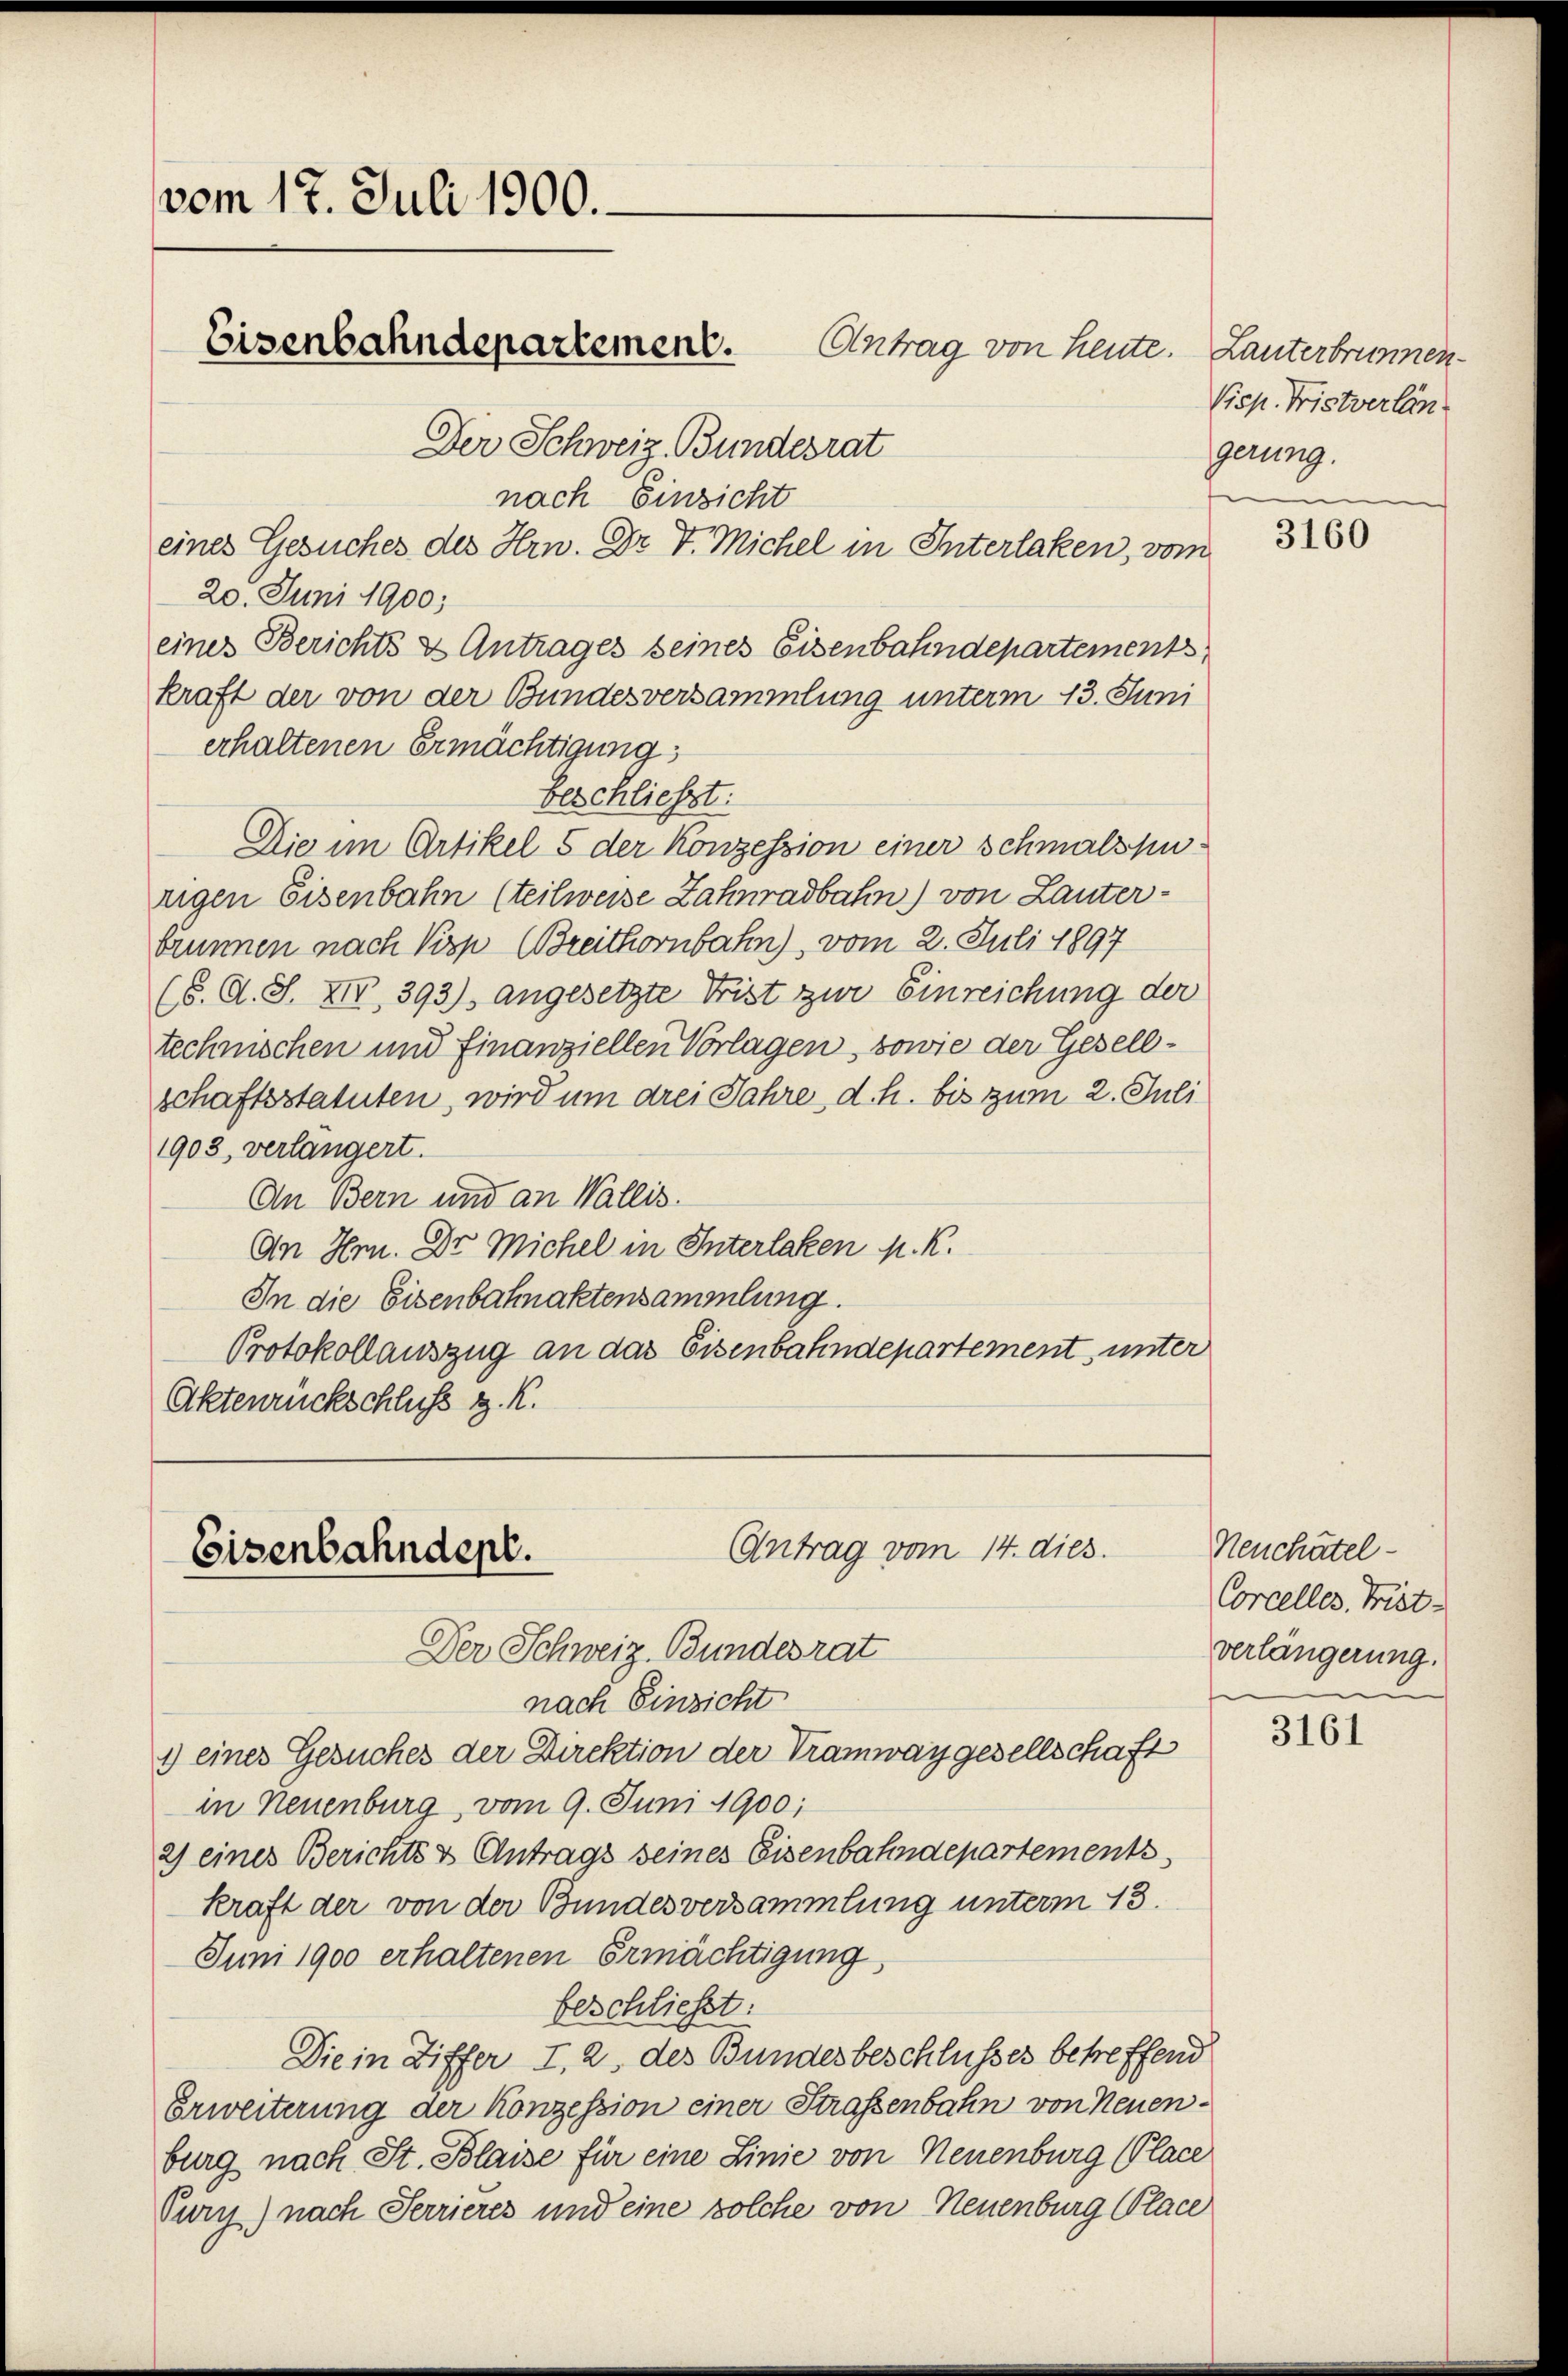
vom 17. Juli 1900.
Eisenbahndepartement. Antrag von heute.
Der Schweiz. Bundesrat

nach Einsicht
eines Gesuches des Hrn. Dr V. Michel in Interlaken, vom
20. Juni 1900;
eines Berichts & Antrages seines Eisenbahndepartements
kraft der von der Bundesversammlung unterm 13. Juni
erhaltenen Ermächtigung
beschließt:
Die im Artikel 5 der Konzession einer schmalspurigen Eisenbahn (teilweise Zahnradbahn) von Lauterbrunnen nach Pisp (Breithornbahn), vom 2. Juli 1897
(8. d. S. XIV 393) angesetzte Frist zur Einreichung der
technischen und finanziellen Vorlagen, sowie der Gesellschaftsstatuten, wird um drei Jahre d. h. bis zum 2. Juli
1903, verlangert.
An Bern und an Wallis.
An Hrn. Dr. Michel in Interlaken K. K.
In die Eisenbahnaktensammlung.
Protokollauszug an das Eisenbahndepartement, unter
Aktenrückschluß d. K.

Antrag vom 14. dies.
Eisenbahndept.
Der Schweiz. Bundesrat

nach Einsicht
1) eines Gesuches der Direktion der Tramwaygesellschaft
in Neuenburg, vom 9. Juni 1900;
2) eines Berichts & Antrags seines Eisenbahndepartements
kraft der von der Bundesversammlung unterm 13.
Juni 1900 erhaltenen Ermächtigung,
beschließt:
Die in Differ I. 2. des Bundesbeschlusses betreffend
Erweiterung der Konzession einer Straßenbahn von Neuenburg nach St. Blaise für eine Linie von Neuenburg (Place
Pury) nach Terrieres und eine solche von Neuenburg Place

Lanterbrunnen.
Visp. Fristverlän
gerung.

3160

Neuchatel¬
Corcelles. Frist
verlängerung.

3161